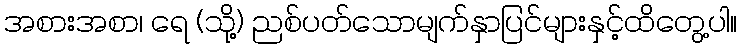
အစားအစာ၊ ရေ (သို့) ညစ်ပတ်သောမျက်နှာပြင်များနှင့်ထိတွေ့ပါ။